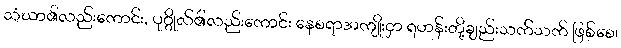
သံဃာ၏လည်းကောင်း, ပုဂ္ဂိုလ်၏လည်းကောင်း နေစရာအကျိုးငှာ ရဟန်းတို့ချည်းသက်သက် ဖြစ်စေ၊